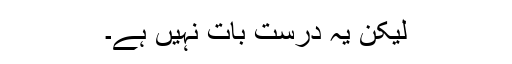
لیکن یہ درست بات نہیں ہے۔